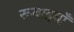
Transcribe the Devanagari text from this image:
रूबाइयाँ